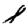
Digit: 8